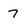
Character: 7